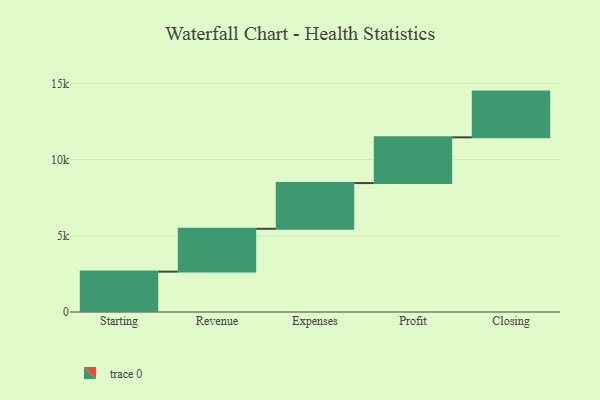
{"axis": {"x": "Step", "y": "Value"}, "legend": [""], "data": [{"x": "Starting", "y": 2649.0, "type": ""}, {"x": "Revenue", "y": 2810.0, "type": ""}, {"x": "Expenses", "y": 3000, "type": ""}, {"x": "Profit", "y": 3000, "type": ""}, {"x": "Closing", "y": 3000, "type": ""}]}